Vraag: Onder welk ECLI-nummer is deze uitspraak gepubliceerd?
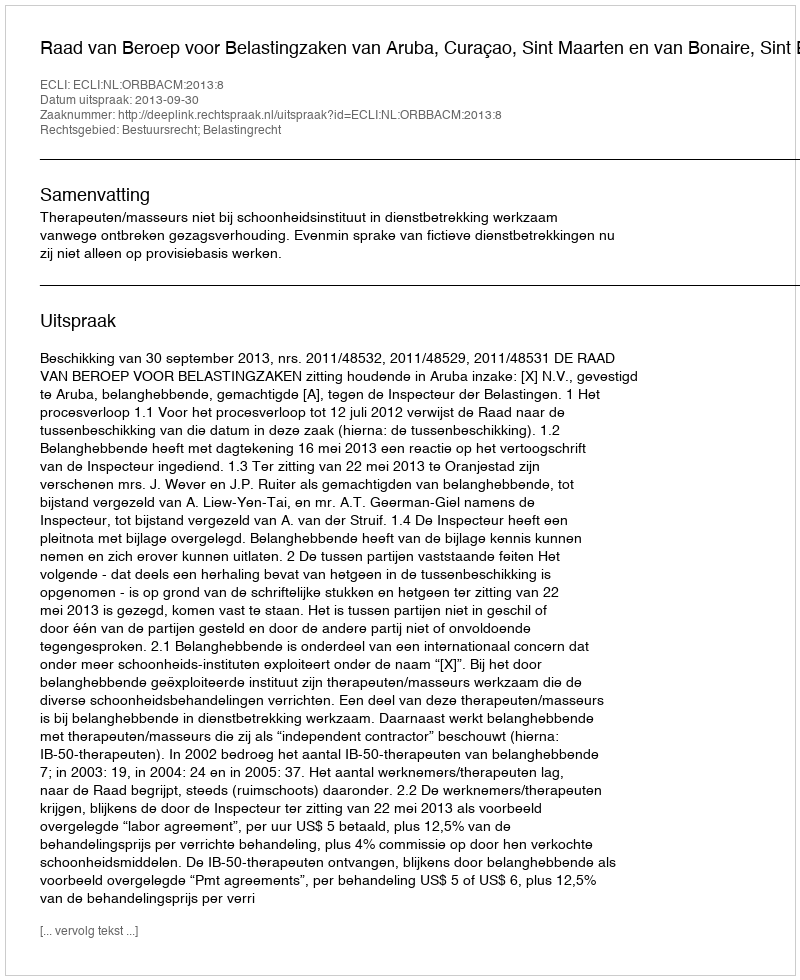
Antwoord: ECLI:NL:ORBBACM:2013:8